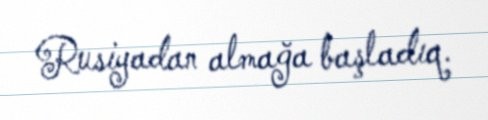
Rusiyadan almağa başladıq.